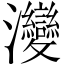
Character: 𤅶